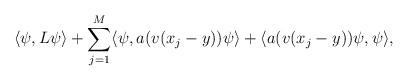
LaTeX: \begin{align*} \langle \psi, L \psi \rangle + \sum_{j=1}^M \langle \psi , a(v(x_j-y)) \psi \rangle + \langle a(v(x_j-y)) \psi , \psi \rangle, \end{align*}